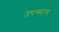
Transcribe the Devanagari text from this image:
उपन्स्यास